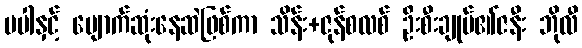
မပါနှင့် ပျောက်ဆုံးနေဆဲဖြစ်ကာ သိန်း+ဇုန်စလစ် ဦးစီးချုပ်၏ဇနီး ဘိုလီ